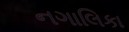
નગાલિકા